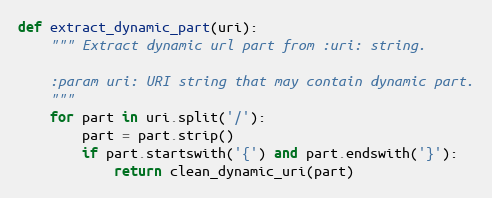
Language: Python
def extract_dynamic_part(uri):
    """ Extract dynamic url part from :uri: string.

    :param uri: URI string that may contain dynamic part.
    """
    for part in uri.split('/'):
        part = part.strip()
        if part.startswith('{') and part.endswith('}'):
            return clean_dynamic_uri(part)